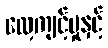
လေ့ကျင့်မှုနှင့်